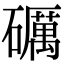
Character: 礪